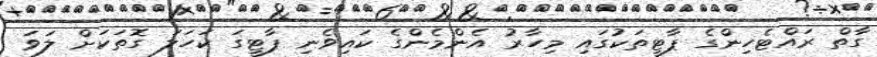
ގާތް ރައްޓެހިންގެ ޕާޓީތަކުގައި މިހާރު އެންމެންގެ ކައިވެނި ޕާޓީގަ ކަހަލަ ގޮތަކަށް ލަވަ